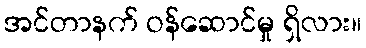
အင်တာနက် ဝန်ဆောင်မှု ရှိလား။